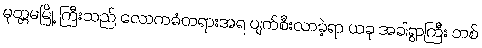
မုတ္တမမြို့ ကြီးသည် လောကဓံတရားအရ ပျက်စီးလာခဲ့ရာ ယခု အခါရွာကြီး တစ်